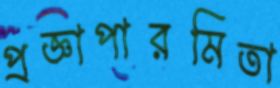
প্রজ্ঞাপারমিতা